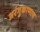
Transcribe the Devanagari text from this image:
अरंगुकाणात्त